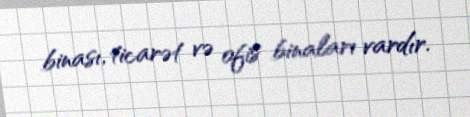
binası, ticarət və ofis binaları vardır.